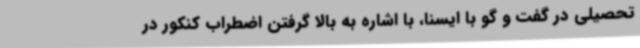
تحصیلی در گفت و گو با ایسنا، با اشاره به بالا گرفتن اضطراب کنکور در